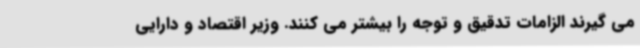
می گیرند الزامات تدقیق و توجه را بیشتر می کنند. وزیر اقتصاد و دارایی